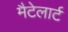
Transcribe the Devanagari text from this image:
मैटेलार्ट